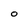
Character: O